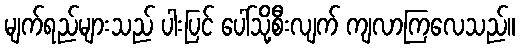
မျက်ရည်များသည် ပါးပြင် ပေါ်သို့စီးလျက် ကျလာကြလေသည်။